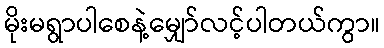
မိုးမရွာပါစေနဲ့မျှော်လင့်ပါတယ်ကွာ။